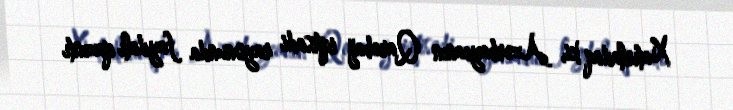
Xatırladaq ki, Azərbaycanın Qarabağ iqtisadi rayonunda faydalı qazıntı